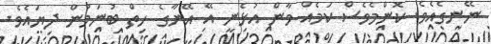
ނޭނގެއެވެ. ކޮންމެވެސް ކަމެއް ވާން އުޅެނީ އޭ އޭނާގެ ހިތް ބުނަމުން ދިޔައެވެ.